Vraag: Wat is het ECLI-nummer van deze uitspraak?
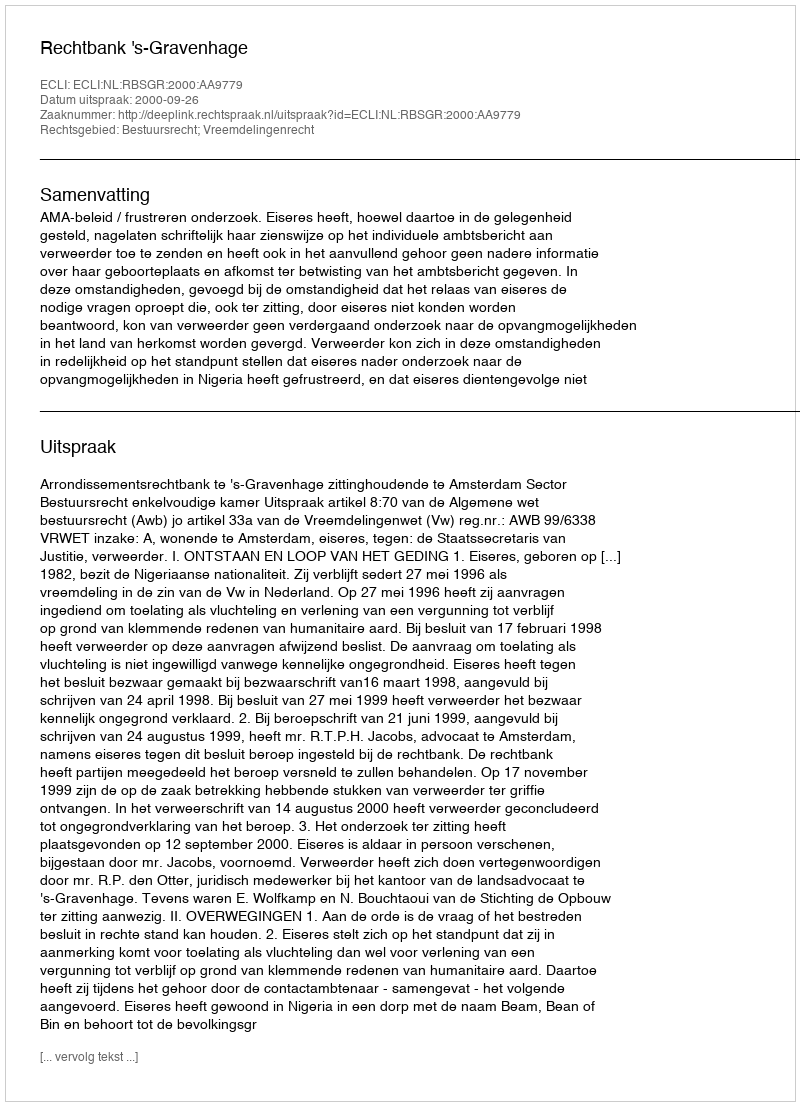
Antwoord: ECLI:NL:RBSGR:2000:AA9779